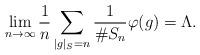
LaTeX: \begin{align*}\lim_{n\to\infty} \frac{1}{n}\sum_{|g|_S = n} \frac{1}{\#S_n}\varphi(g) = \Lambda.\end{align*}